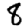
Digit: 8